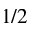
1 / 2